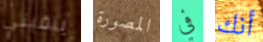
يبقيني المصورة في أنك